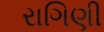
રાગિણી